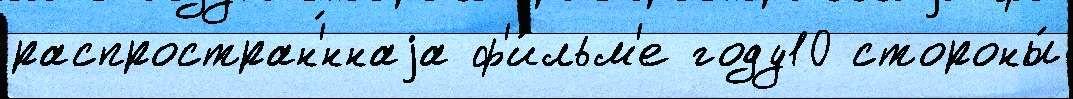
распростран'́ннаjа ф'и́льм'е году10 стороны́